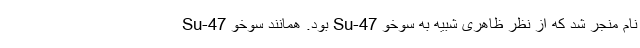
نام منجر شد که از نظر ظاهری شبیه به سوخو Su-47 بود. همانند سوخو Su-47